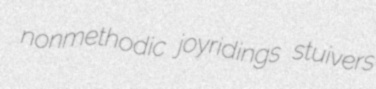
nonmethodic joyridings stuivers